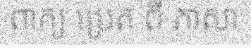
ពាក្យ ប្រេត ពី ភាសា